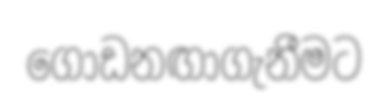
ගොඩනඟාගැනීමට